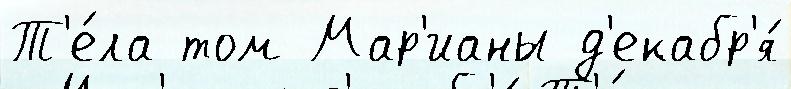
Т'е́ла том Мар'ианы д'екабр'я́